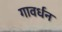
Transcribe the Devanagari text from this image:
गावर्धन